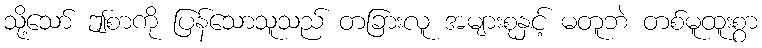
သို့သော် ဤစာကို ပြန်သောသူသည် တခြားလူ အများစုနှင့် မတူဘဲ တစ်မူထူးစွာ